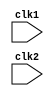
module pipe_mips32(clk1 , clk2) ; 
	input clk1 , clk2 ; 

	reg[31:0] PC , IF_ID_IR , IF_ID_NPC ; 
	reg[31:0] ID_EX_IR , ID_EX_NPC , ID_EX_A , ID_EX_B , ID_EX_Imm ;
	reg[2:0]  ID_EX_type , EX_MEM_type , MEM_WB_type ;
	reg[31:0] EX_MEM_IR , EX_MEM_ALUout , EX_MEM_B ;  
	reg   	  EX_MEM_cond ; 
	reg[31:0] MEM_WB_IR , MEM_WB_ALUout , MEM_WB_LMD ; 
	reg[31:0] Reg [0:31] ; 
	reg[31:0] Mem [0:1023] ;

	parameter 	ADD   = 6'b000000 ,
				SUB   = 6'b000001 , 
				AND   = 6'b000010 , 
				OR    = 6'b000011 ,
				SLT   = 6'b000100 , 
				MUL   = 6'b000101 ,
				HLT   = 6'b111111 , 
				LW    = 6'b001000 ,
				SW    = 6'b001001 ,
				ADDI  = 6'b001010 , 
				SUBI  = 6'b001011 , 
				SLTI  = 6'b001100 , 
				BNEQZ = 6'b001101 , 
				BEQZ  = 6'b001110 ;

	parameter 	RR_ALU	= 3'b000  ,
				RM_ALU	= 3'b001  ,
				LOAD	= 3'b010  ,
				STORE	= 3'b011  ,
				BRANCH	= 3'b100  ,
				HALT	= 3'b101  ;

	reg HALTED ; 
	reg TAKEN_BRANCH ;  

	always @(posedge clk1)   //IF stage
		if(HALTED == 0)
			begin 
				if(((EX_MEM_IR[31:26] == BEQZ) && (EX_MEM_cond == 1)) || ((EX_MEM_IR[31:26] == BNEQZ) && (EX_MEM_cond == 0)))
				begin
					IF_ID_IR		<= #2 Mem[EX_MEM_ALUout] ; 
					TAKEN_BRANCH	<= #2 1'b1 ; 
					IF_ID_NPC		<= #2 EX_MEM_ALUout + 1 ; 
					PC 				<= #2 EX_MEM_ALUout + 1 ; 
				end 

				else
				begin 
					IF_ID_IR 	<= #2 Mem[PC] ; 
					IF_ID_NPC	<= #2 PC + 1 ; 
					PC			<= #2 PC + 1 ; 
				end 
			end 

	always @(posedge clk2)    // ID stage 
		if(HALTED == 0)
		begin 
			if(IF_ID_IR[25:21] == 5'b00000) ID_EX_A <= 0 ; 
			else ID_EX_A <= #2 Reg[IF_ID_IR[25:21]] ; 

			if(IF_ID_IR[20:16] == 5'b00000) ID_EX_B <= 0 ; 
			else ID_EX_B <= #2 Reg[IF_ID_IR[20:16]] ;

			ID_EX_NPC 	<= #2 IF_ID_NPC ; 
			ID_EX_IR	<= #2 IF_ID_IR ; 
			ID_EX_Imm 	<= #2 {{16{IF_ID_IR[15]}} , {IF_ID_IR[15:0]}} ; 
		
			case(IF_ID_IR[31:26])					
				ADD , SUB , AND , OR , SLT , MUL 	: ID_EX_type <= #2 RR_ALU ; 
				ADDI , SUBI , SLTI 					: ID_EX_type <= #2 RM_ALU ; 
				LW									: ID_EX_type <= #2 LOAD ; 
				SW									: ID_EX_type <= #2 STORE ;  
				BNEQZ , BEQZ 						: ID_EX_type <= #2 BRANCH ; 
				HLT 								: ID_EX_type <= #2 HALT ; 
				default 							: ID_EX_type <= #2 HALT ; 
			endcase 
		end 

	always @(posedge clk1)   //EX stage 	
		if(HALTED == 0)
		begin 
			EX_MEM_type <= #2 ID_EX_type ; 
			EX_MEM_IR 	<= #2 ID_EX_IR ; 
			TAKEN_BRANCH <= #2 0 ; 

			case(ID_EX_type)
				RR_ALU : begin 
							case(ID_EX_IR[31:26])  //opcode 
								ADD 		: EX_MEM_ALUout <= #2 ID_EX_A + ID_EX_B ; 
								SUB 		: EX_MEM_ALUout <= #2 ID_EX_A - ID_EX_B ; 
								AND 		: EX_MEM_ALUout <= #2 ID_EX_A & ID_EX_B ; 
								OR 			: EX_MEM_ALUout <= #2 ID_EX_A | ID_EX_B ; 
								SLT 		: EX_MEM_ALUout <= #2 ID_EX_A < ID_EX_B ; 
								MUL 		: EX_MEM_ALUout <= #2 ID_EX_A * ID_EX_B ; 
								default 	: EX_MEM_ALUout <= #2 32'hxxxxxxxx ;
							endcase
						 end 

				RM_ALU : begin 
							case(ID_EX_IR[31:26])  //opcode 
								ADDI 		: EX_MEM_ALUout <= #2 ID_EX_A + ID_EX_Imm ; 
								SUBI 		: EX_MEM_ALUout <= #2 ID_EX_A - ID_EX_Imm ; 
								SLTI 		: EX_MEM_ALUout <= #2 ID_EX_A < ID_EX_Imm ; 
								default 	: EX_MEM_ALUout <= #2 32'hxxxxxxxx ;
							endcase
						 end 

				LOAD , STORE : begin 
								EX_MEM_ALUout <= #2 ID_EX_A + ID_EX_Imm ; 
								EX_MEM_B 	  <= #2 ID_EX_B ; 
							   end 

				BRANCH : begin 
							EX_MEM_ALUout <= #2 ID_EX_NPC + ID_EX_Imm ; 
							EX_MEM_cond   <= #2 (ID_EX_A == 0) ; 
						 end 
			endcase 
		end 

	always @(posedge clk2)  //MEM stage 
		if(HALTED == 0)
		begin 
			MEM_WB_type <= #2 EX_MEM_type ; 
			MEM_WB_IR 	<= #2 EX_MEM_IR ; 

			case(EX_MEM_type)
				RR_ALU , RM_ALU : MEM_WB_ALUout <= #2 EX_MEM_ALUout ; 
				LOAD 			: MEM_WB_LMD <= #2 Mem[EX_MEM_ALUout] ; 
				STORE 			: if(TAKEN_BRANCH == 0)
									Mem[EX_MEM_ALUout] <= #2 EX_MEM_B ; 
			endcase
		end 

	always @(posedge clk1)  // WB stage 
		begin 
			if(TAKEN_BRANCH == 0)
				case(MEM_WB_type)
					RR_ALU  : Reg[MEM_WB_IR[15:11]] <= #2 MEM_WB_ALUout ; 
					RM_ALU  : Reg[MEM_WB_IR[20:16]] <= #2 MEM_WB_ALUout ; 
					LOAD 	: Reg[MEM_WB_IR[20:16]] <= #2 MEM_WB_LMD ; 
					HALT    : HALTED <= #2 1'b1 ; 
				endcase 
		end 

endmodule